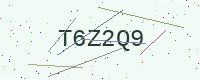
Text: T6Z2Q9